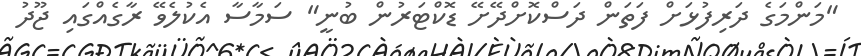
"މަންމަގެ ދަރިފުޅަށް ފަތަން ދަސްކޮށްދޭށޭ ޑޮކްޓަރުން ބުނީ" ސަމާސާ އެކުލެވޭ ރާގެއްގައި ޖޫދު